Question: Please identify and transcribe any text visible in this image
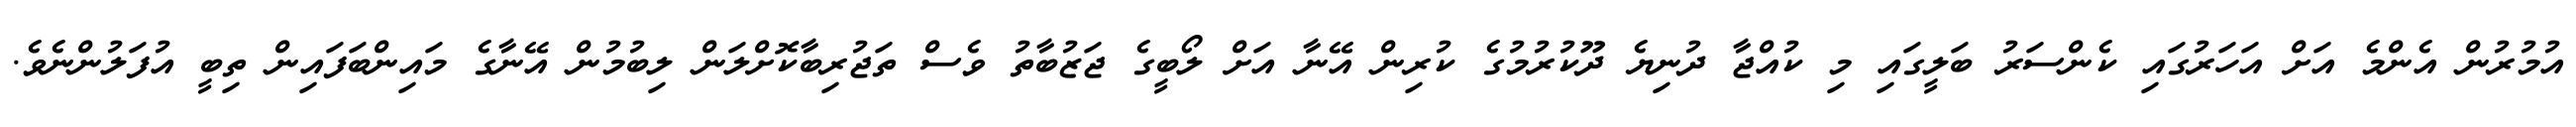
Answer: އުމުރުން އެންމެ އަށް އަހަރުގައި ކެންސަރު ބަލީގައި މި ކުއްޖާ ދުނިޔެ ދޫކުރުމުގެ ކުރިން އޭނާ އަށް ލޯބީގެ ޖަޒުބާތު ވެސް ތަޖުރިބާކޮށްލަން ލިބުމުން އޭނާގެ މައިންބަފައިން ތިބީ އުފަލުންނެވެ.